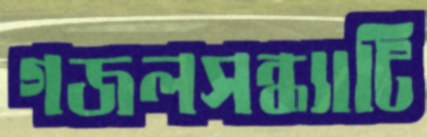
গজলসন্ধ্যাটি